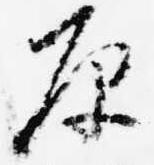
原